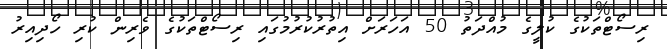
ރިސޯޓްތަކުގެ ކުލީގެ މުއްދަތު 50 އަހަރަށް އިތުރުކުރުމުގައި ރިސޯޓްތަކުގެ ވެރިން ކުރި ހޯދިއިރު